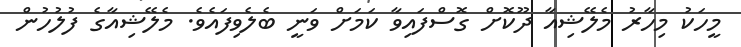
މީހަކު މިހާރު މެލޭޝިއާ ދޫކޮށް ގޮސްފައިވާ ކަމަށް ވަނީ ބެލެވިފައެވެ. މެލޭޝިއާގެ ފުލުހުން